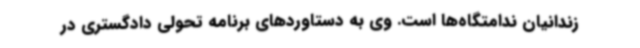
زندانیان ندامتگاه‌ها است. وی به دستاوردهای برنامه تحولی دادگستری در